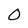
Character: 0